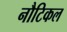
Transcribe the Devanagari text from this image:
नौटिकल